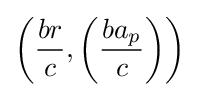
\left({\frac {br}{c}},\left({\frac {ba_{p}}{c}}\right)\right)